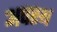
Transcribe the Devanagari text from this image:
अपस्थ